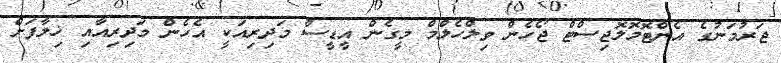
ޖަރުމަނުގެ އެންޓޮމޮލޮޖިސްޓް ޖޯހެން ވިލްހެލްމް މީގެން އީޑީސް މަދިރިއަކީ އެހެން މަދިރިއާއި ޚިލާފަށް